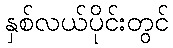
နှစ်လယ်ပိုင်းတွင်